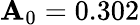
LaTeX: \mathbf{A}_{0}=0.302